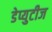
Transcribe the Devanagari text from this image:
डेप्युटीज